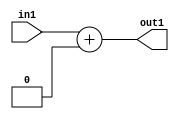
`timescale 1ps / 1ps
/*****************************************************************************
    Verilog RTL Description
    
    
    Created by: Stratus DpOpt 2019.1.01 
*******************************************************************************/

module ColorTransform_Add_3U_4_4 (
	in1,
	out1
	); /* architecture "behavioural" */ 
input [2:0] in1;
output [2:0] out1;
wire [2:0] asc001;

assign asc001 = 
	+(in1)
	+(3'B000);

assign out1 = asc001;
endmodule

/* CADENCE  urj5Tgo= : u9/ySgnWtBlWxVPRXgAZ4Og= ** DO NOT EDIT THIS LINE ******/